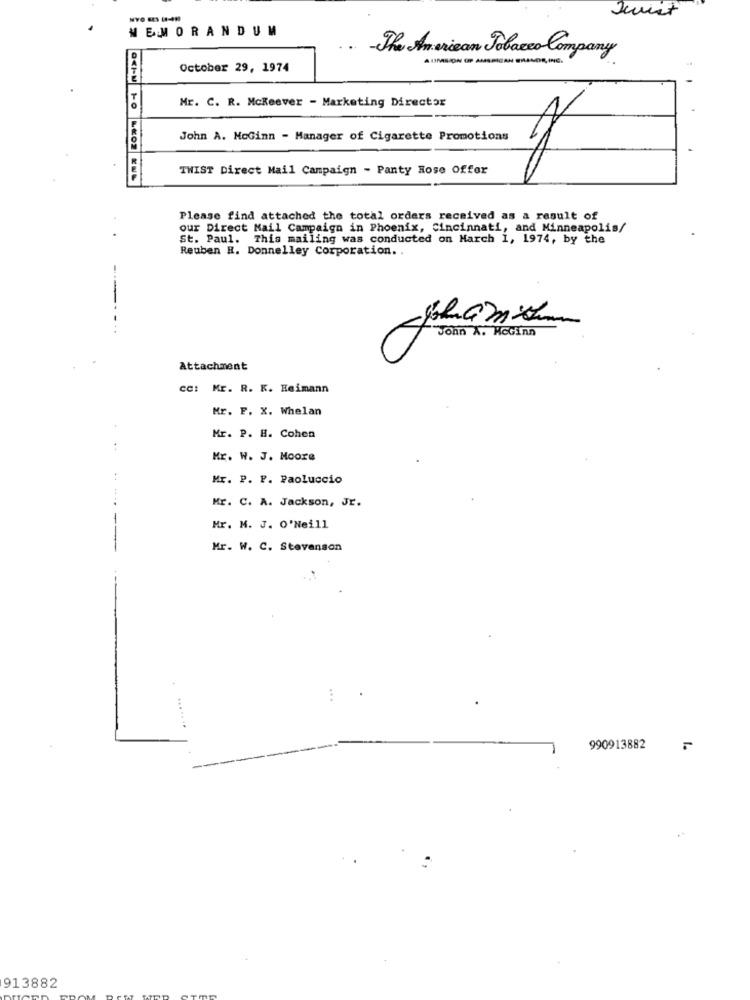
MEMORANDUM
-The American Tobacco Company
October 29, 1974
Mr. C. R. Mckeever - Marketing Director
John A. MoGinn - Manager of Cigarette Promotions
TWIST Direct Mail Campaign - Panty Hose Offer
Please find attached the total orders received as a result of
our Direct Mail Campaign in Phoenix, Cincinnati, and Minneapolis/
St. Paul. This mailing was conducted on March 1, 1974, by the
Reuben H. Donnelley Corporation ..
----
John X. Keting
Attachment
cc:
Mr. R. K. Heimann
Mr. F. X. Whelan
Mr. P. H. Cohen
Mr. W. J. Moore
Mr. P. P. Paoluccio
Mr. C. A. Jackson, Jr.
....
Mr. M. J. O'Neill
Mr. W. C. Stevenson
...
990913882
913882